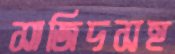
সাজিদসহ